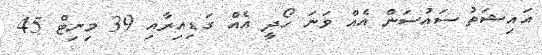
އައިޝަތު ސައުސަން އެއް ވަނަ ހޯދީ އެއް ގަޑިއިރާއި 39 މިނިޓް 45